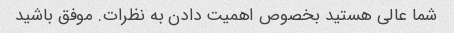
شما عالی هستید بخصوص اهمیت دادن به نظرات. موفق باشید